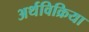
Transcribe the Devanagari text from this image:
अर्थविक्रिया